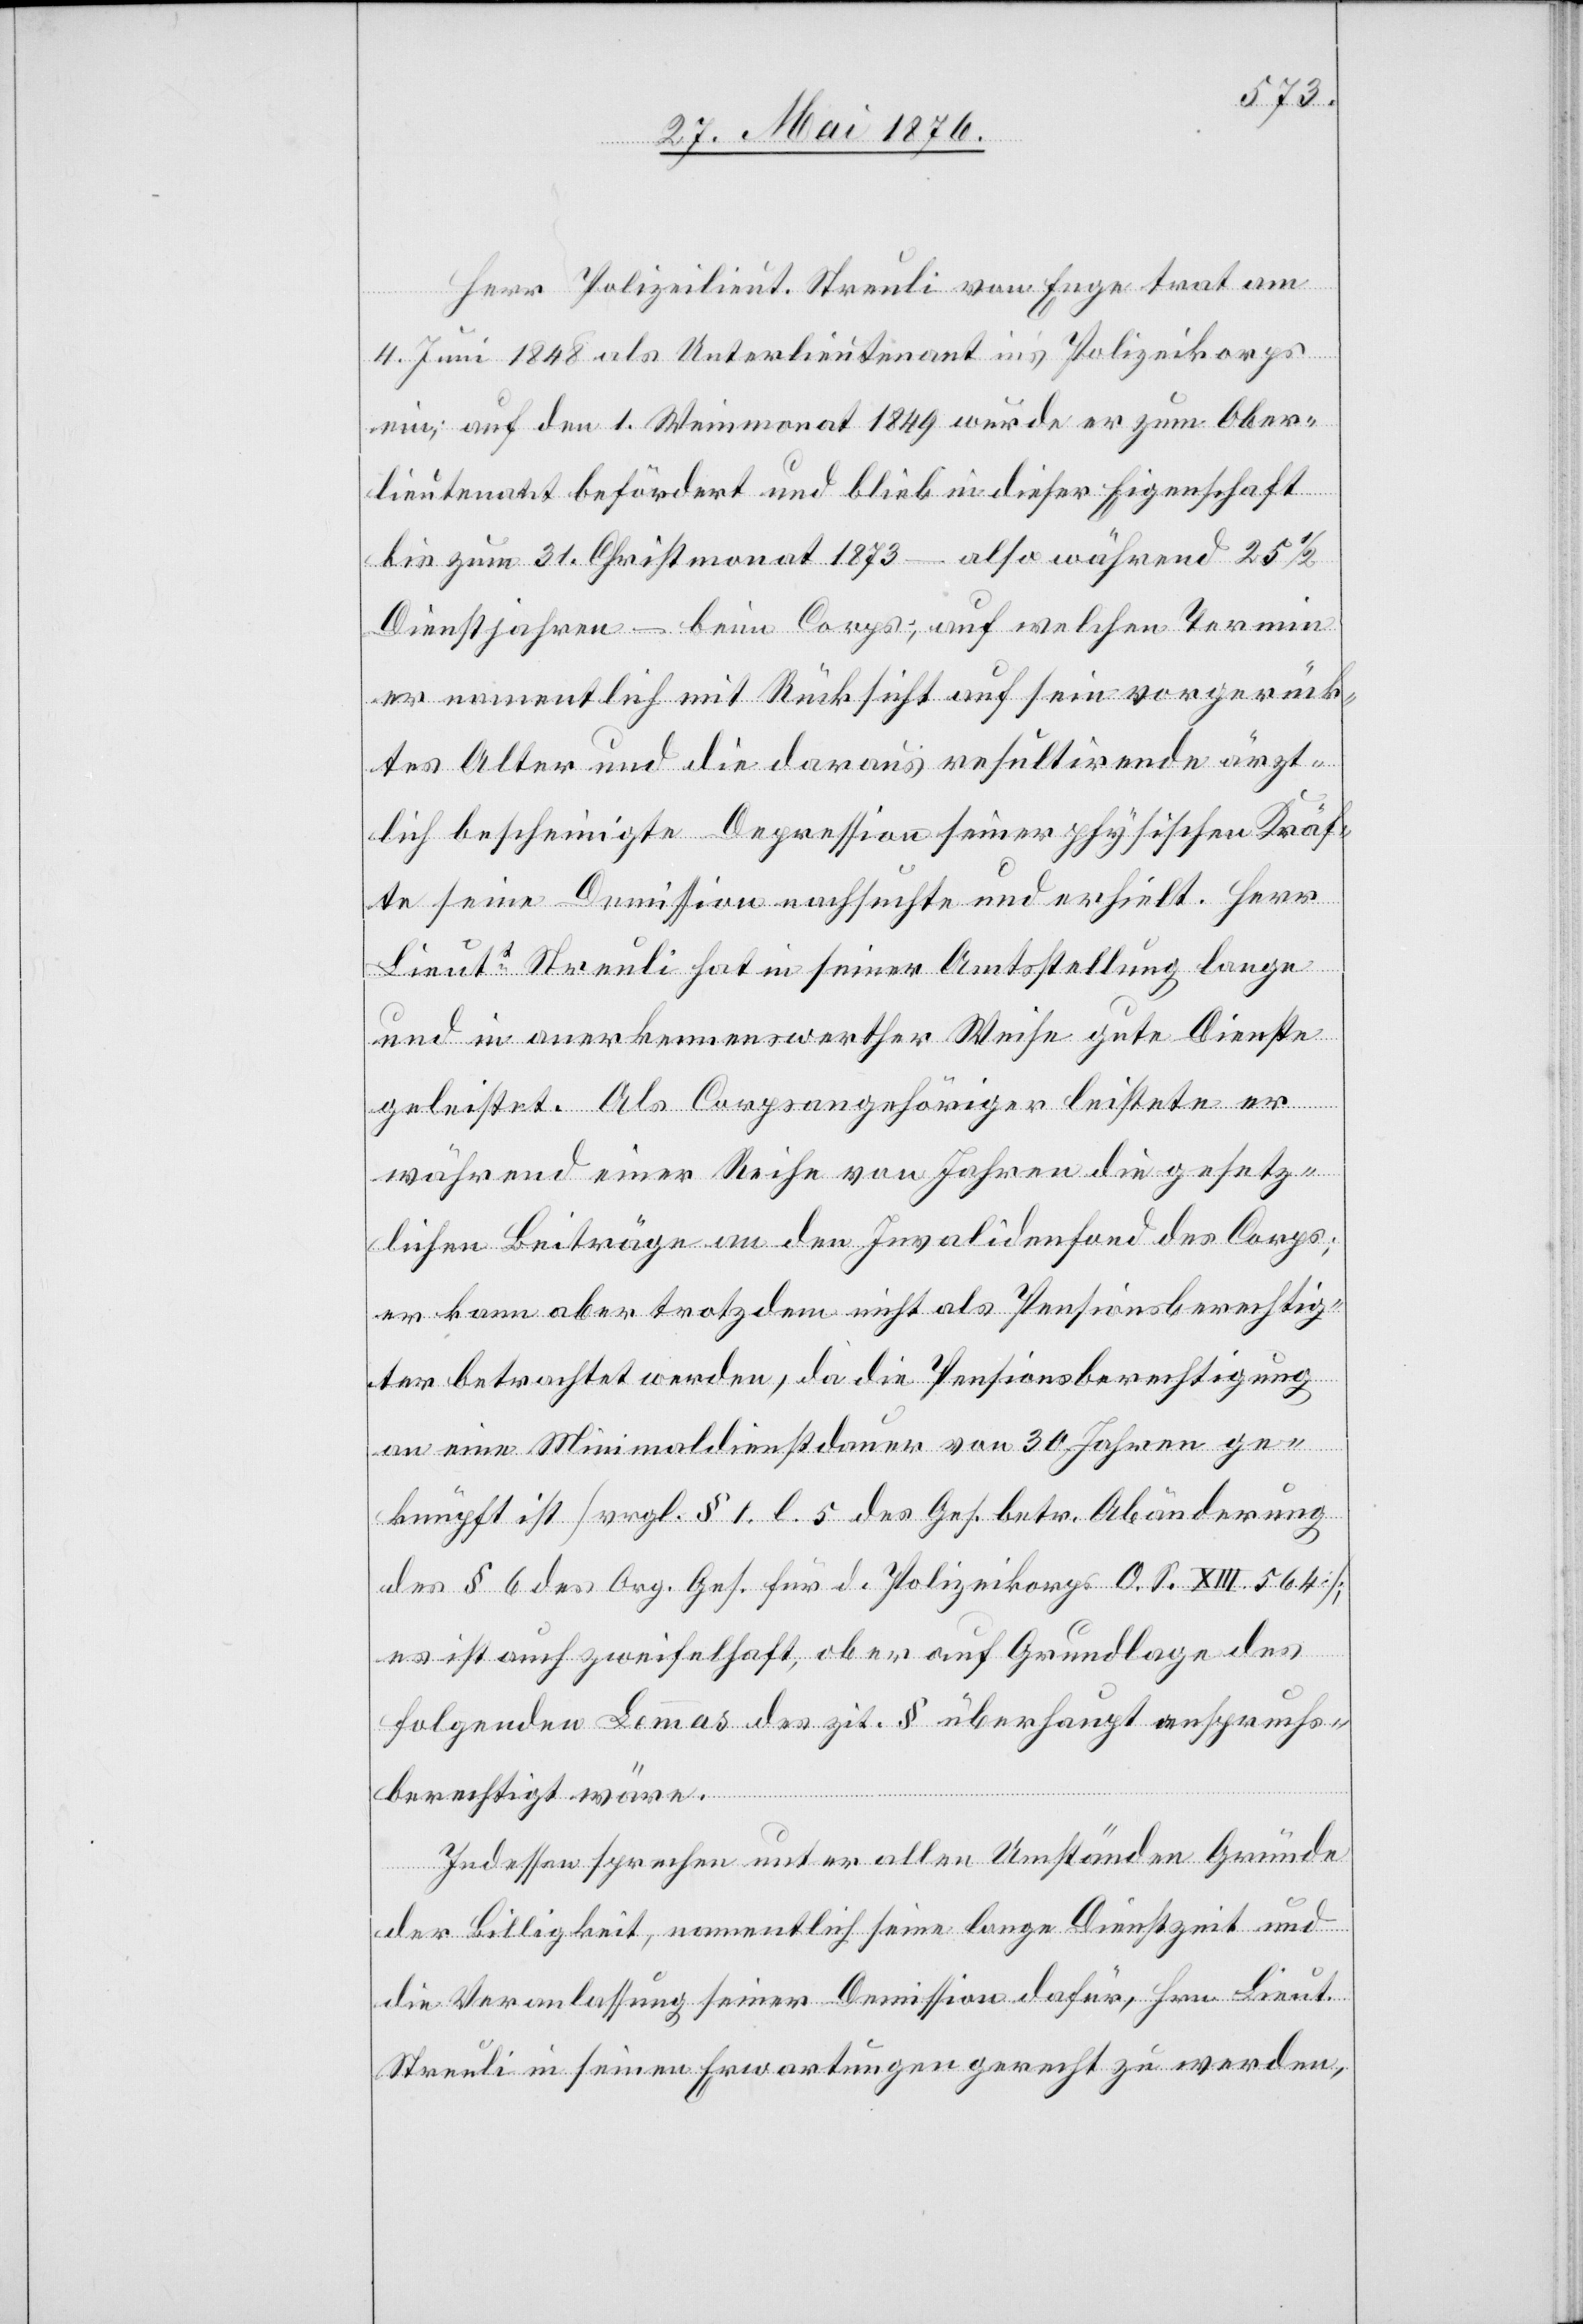
Herr Polizeilieut. Streuli von Enge trat am
4. Juni 1848 als Unterlieutenant ins Polizeikorps
ein; auf den 1. Weinmonat 1849 wurde er zum Ober¬
lieutenant befördert und blieb in dieser Eigenschaft
bis zum 31. Christmonat 1873 – also während 25
Dienstjahren – beim Corps, auf welchen Termin
er namentlich mit Rücksicht auf sein vorgerück¬
tes Alter und die daraus resultirende ärzt¬
lich bescheinigte Depression seiner physischen Kräf¬
te seine Demission nachsuchte und erhielt. Herr
Lieutt Streuli hat in seiner Amtsstellung lange
und in anerkennenswerther Weise gute Dienste
geleistet. Als Corpsangehöriger leistete er
während einer Reihe von Jahren die gesetz¬
lichen Beiträge an den Invalidenfond des Corps:
er kann aber trotzdem nicht als Pensionsberechtig¬
ter betrachtet werden, da die Pensionsberechtigung
an eine Minimaldienstdauer von 30 Jahren ge¬
knüpft ist [vrgl. § 1 l. 5 des Ges. betr. Abänderung
des § 6 des Org. Ges. für d. Polizeikorps O. S. XIII 564];
es ist auch zweifelhaft, ob er auf Grundlage des
folgenden Lemmas des zit. § überhaupt anspruchs¬
berechtigt wäre.
Indessen sprechen unter allen Umständen Gründe
der Billigkeit, namentlich seine lange Dienstzeit und
die Veranlassung seiner Demission dafür, Hrn. Lieut.
Streuli in seinen Erwartungen gerecht zu werden,